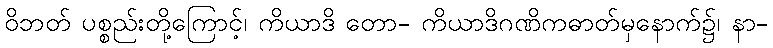
ဝိဘတ် ပစ္စည်းတို့ကြောင့်၊ ကိယာဒိ တော- ကိယာဒိဂဏိကဓာတ်မှနောက်၌၊ နာ-